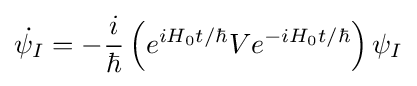
{\dot {\psi _{I}}}=-{\frac {i}{\hbar }}\left(e^{iH_{0}t/\hbar }Ve^{-iH_{0}t/\hbar }\right)\psi _{I}